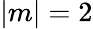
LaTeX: |m|=2